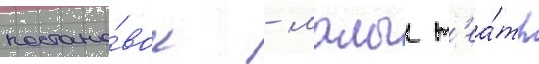
постано́вок - малыи т'еа́тр